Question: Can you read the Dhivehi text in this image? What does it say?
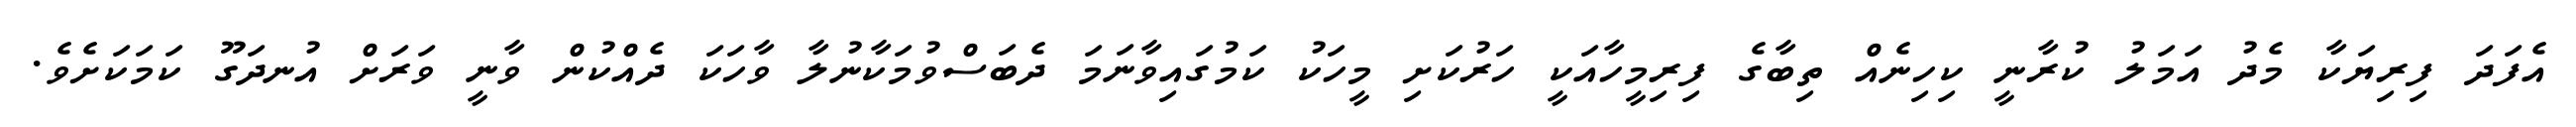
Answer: އެފަދަ ފިރިޔަކާ މެދު އަމަލު ކުރާނީ ކިހިނެއް ތިބާގެ ފިރިމީހާއަކީ ހަރުކަށި މީހަކު ކަމުގައިވާނަމަ ދެބަސްވުމަކާނުލާ ވާހަކަ ދެއްކުން ވާނީ ވަރަށް އުނދަގޫ ކަމަކަށެވެ.